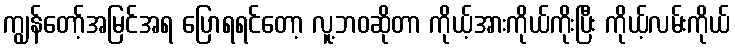
ကျွန်တော့်အမြင်အရ ပြောရရင်တော့ လူ့ဘဝဆိုတာ ကိုယ့်အားကိုယ်ကိုးပြီး ကိုယ့်လမ်းကိုယ်